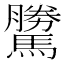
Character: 𩦜